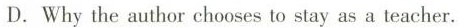
D. Why the author chooses to stay asa teacher.